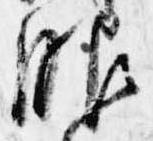
服